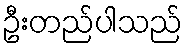
ဦးတည်ပါသည်